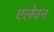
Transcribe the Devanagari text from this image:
एलेवन